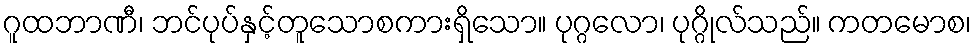
ဂူထဘာဏီ၊ ဘင်ပုပ်နှင့်တူသောစကားရှိသော။ ပုဂ္ဂလော၊ ပုဂ္ဂိုလ်သည်။ ကတမောစ၊